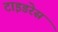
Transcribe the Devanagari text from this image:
टाइडरेस